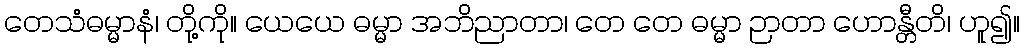
တေသံဓမ္မာနံ၊ တို့ကို။ ယေယေ ဓမ္မာ အဘိညာတာ၊ တေ တေ ဓမ္မာ ဉာတာ ဟောန္တီတိ၊ ဟူ၍။